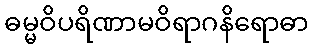
ဓမ္မဝိပရိဏာမဝိရာဂနိရောဓာ